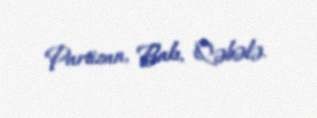
Partizan, Bakı, Qəbələ.